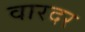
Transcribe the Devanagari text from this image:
वारदर